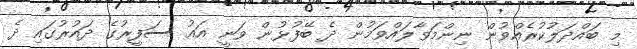
މި ބައްދަލުކުރެއްވުން ނިންމަވާލައްވަމުން ދެ ބޭފުޅުން ވަނީ އައު ސަފީރުގެ ދައުރުގައި ދެ